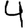
Digit: 4